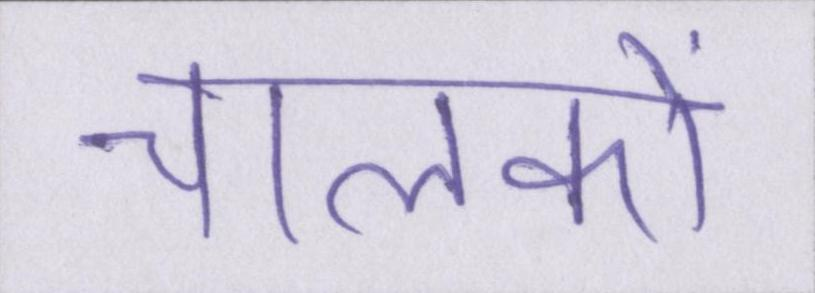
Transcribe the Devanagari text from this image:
चालकों